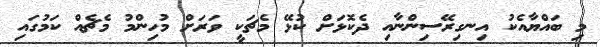
މި ބައްޔާއެކު އިނގިރޭސިންނާއި ދެކޮޅަށް ކުޅޭ މެޗަކީ ވަރަށް މުހިންމު މެޗެއް ކަމުގައި